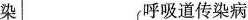
染 呼吸道传染病